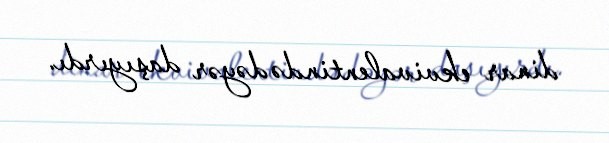
dinar ekvivalentində dəyər daşıyırdı.